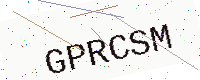
Text: GPRCSM